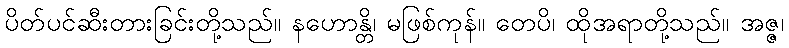
ပိတ်ပင်ဆီးတားခြင်းတို့သည်။ နဟောန္တိ၊ မဖြစ်ကုန်။ တေပိ၊ ထိုအရာတို့သည်။ အဇ္ဇ၊